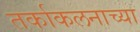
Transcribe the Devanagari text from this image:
तर्काकलनाच्या